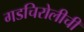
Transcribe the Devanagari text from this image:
गडचिरोलीची